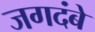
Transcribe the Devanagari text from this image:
जगदंबे